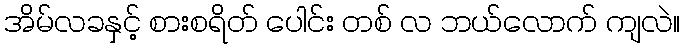
အိမ်လခနှင့် စားစရိတ် ပေါင်း တစ် လ ဘယ်လောက် ကျလဲ။